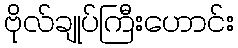
ဗိုလ်ချုပ်ကြီးဟောင်း